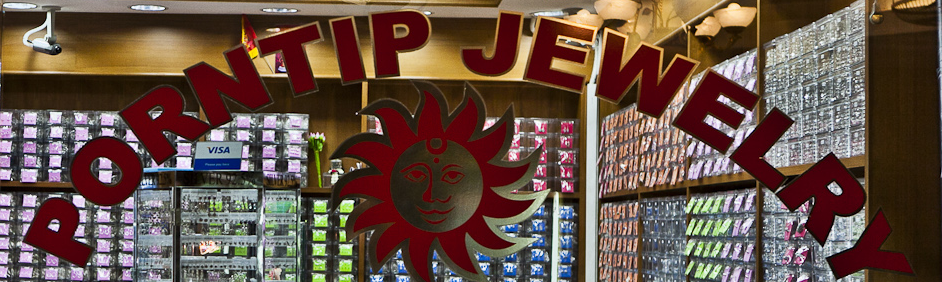
PORNTIP JEWELRY